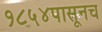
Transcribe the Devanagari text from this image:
१८५४पासूनच